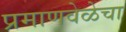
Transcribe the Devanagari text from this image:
प्रमाणवेळेचा